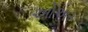
ઓઅર